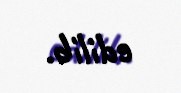
edilib.